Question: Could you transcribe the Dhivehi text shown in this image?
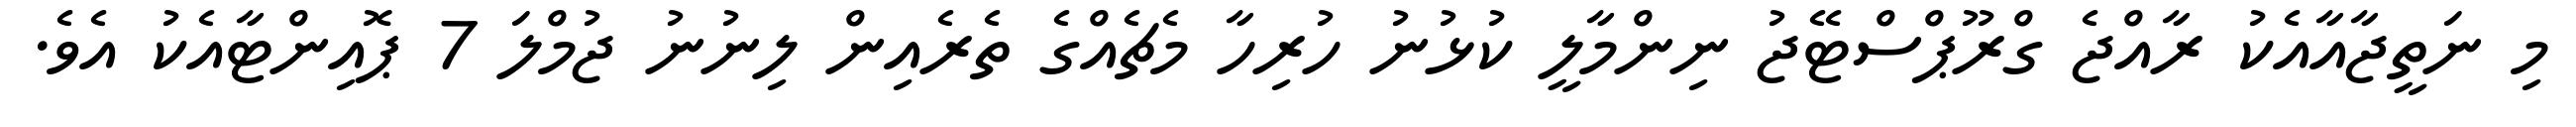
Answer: މި ނަތީޖާއާއެކު ރާއްޖެ ގްރޫޕްސްޓޭޖު ނިންމާލީ ކުޅުނު ހުރިހާ މެޗެއްގެ ތެރެއިން ލިނުނު ޖުމްލަ 7 ޕޮއިންޓާއެކު އެވެ.